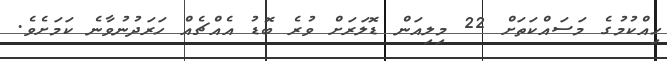
ހިއްކުމުގެ މަސައްކަތަށް 22 މިލިއަން ޑޮލަރަށް ވުރެ ބޮޑު އެއްޗެއް ހަރަދުނުވާނެ ކަމަށެވެ.